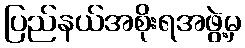
ပြည်နယ်အစိုးရအဖွဲ့မှ